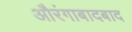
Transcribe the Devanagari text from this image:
औरंगाबादबाद